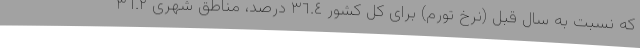
که نسبت به سال قبل (نرخ تورم) برای کل کشور ٣٦.٤ درصد، مناطق شهری ٣٦.٢